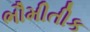
ભૌમીતીક